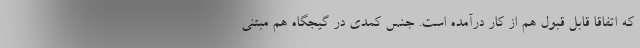
که اتفاقا قابل قبول هم از کار درآمده است. جنس کمدی در گیجگاه هم مبتنی